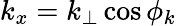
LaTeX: k_{x}=k_{\perp}\cos\phi_{k}